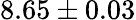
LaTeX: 8.65\pm 0.03